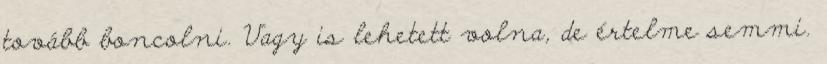
tovább boncolni. Vagy is lehetett volna, de értelme semmi.